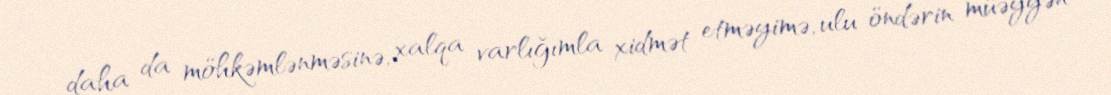
daha da möhkəmlənməsinə, xalqa varlığımla xidmət etməyimə, ulu öndərin müəyyən